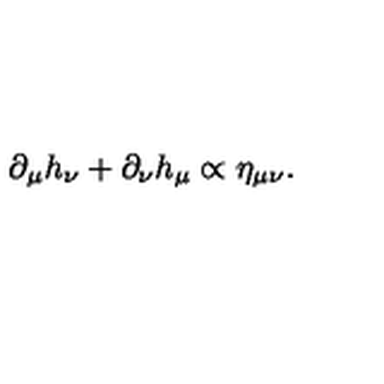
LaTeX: \partial _ { \mu } h _ { \nu } + \partial _ { \nu } h _ { \mu } \propto \eta _ { \mu \nu } .